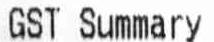
GST SUMMARY